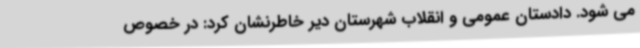
می شود. دادستان عمومی و انقلاب شهرستان دیر خاطرنشان کرد: در خصوص